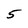
Character: 5